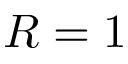
R = 1